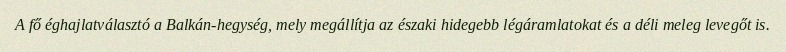
A fő éghajlatválasztó a Balkán-hegység, mely megállítja az északi hidegebb légáramlatokat és a déli meleg levegőt is.